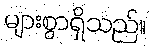
များစွာရှိသည်။